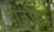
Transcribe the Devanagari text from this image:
गठोडा